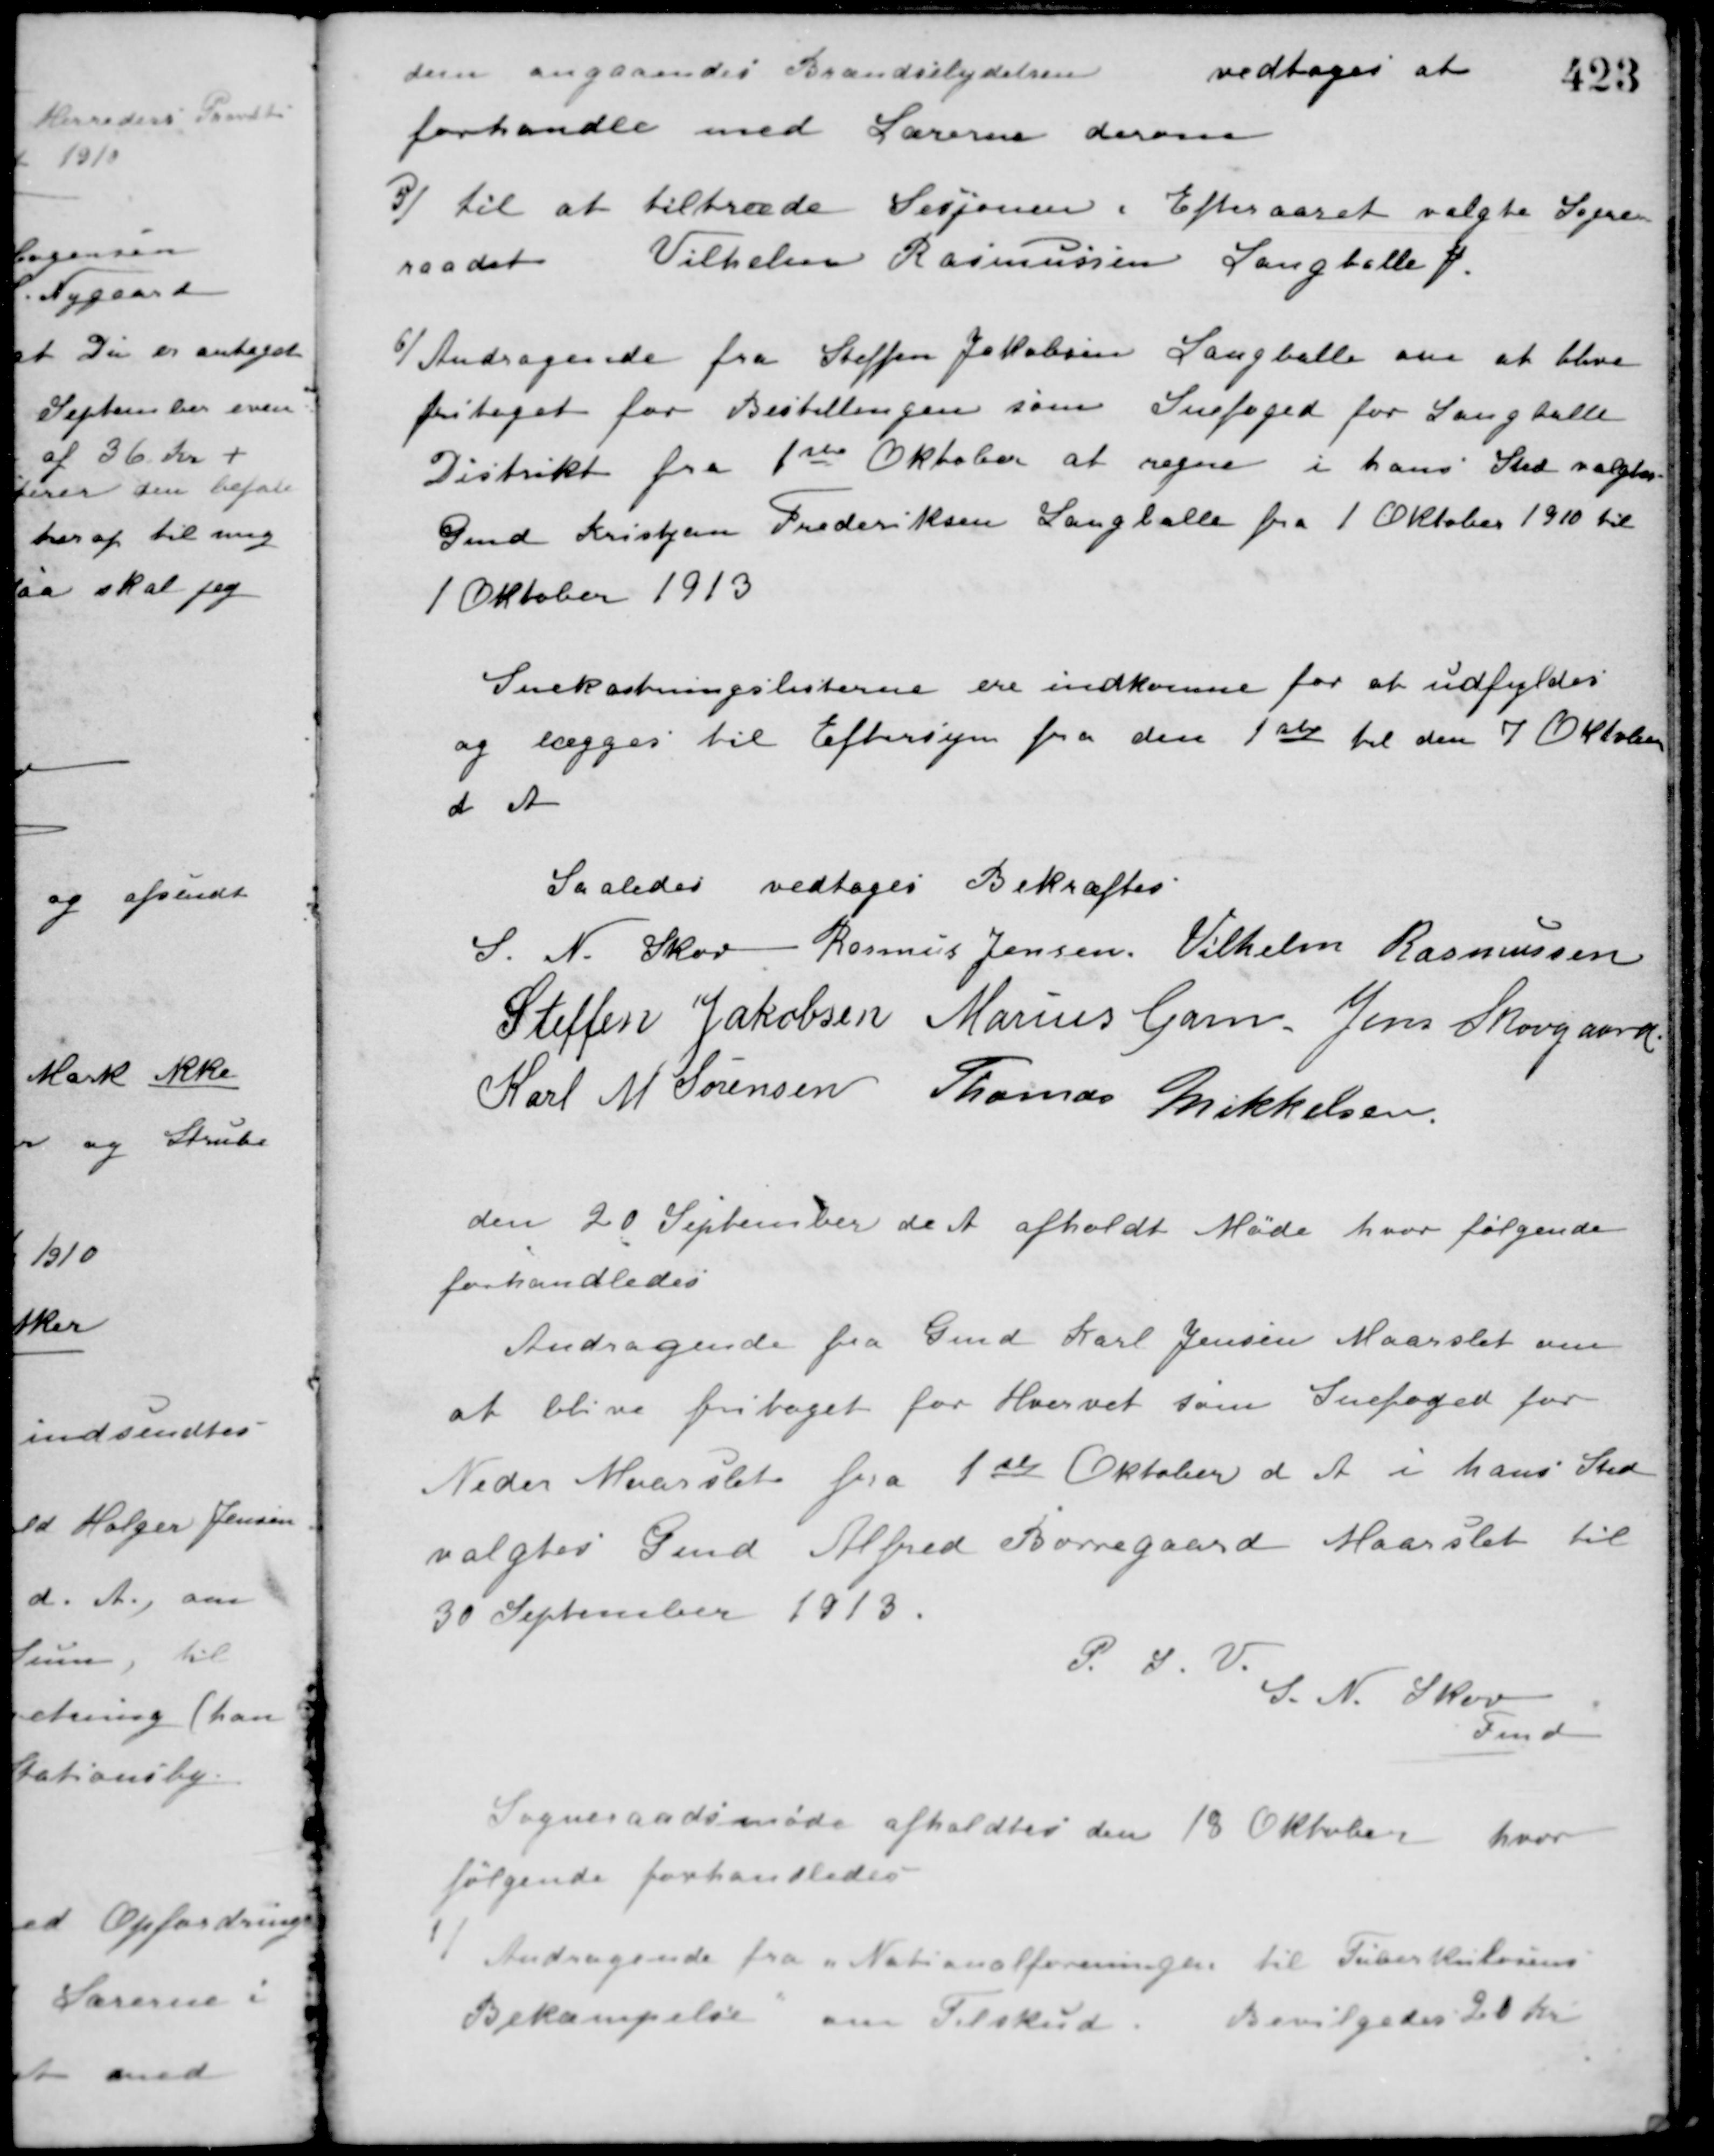
Transskription:
dem angaaendes Brændselydelsen
vedtoges at
forhandle med Lærerne derom.
5/ til at tiltræde Sesjonen i Efteraaret valgte Sogne-
raadet Vilhelm Rasmussen Langballe J.
6/ Andragende fra Steffen Jakobsen Langballe om at blive
fritaget for Bestillingen som Snefoged for Langballe
Distrikt fra 1ste Oktober at regne i hans Sted valgtes
Gmd. Kristjan Frederiksen Langballe fra 1 Oktober 1910 til
1 Oktober 1913.
Snekastningslisterne ere indkomne for at udfyldes
og lægges til Eftersyn fra den 1ste til den 7 Oktober
d. A.
Saaledes vedtaaget Bekræftes
S. N. Skov Rasmus Jensen Vilhelm Rasmussen
Steffen Jakobsen Marius Gam Jens Skovgaard
Karl M. Sørensen Thomas Mikkelsen
den 20 September d. A. afholdt Møde hvor følgende
forhandledes
Andragende fra Gmd. Karl Jensen Maarslet om
at blive fritaget for Hvervet som Snefoged for
Neder Maarslet fra 1ste Oktober d. A. i hans Sted
valgtes Gmd. Alfred Borregaard Maarslet til
30 September 1913.
P. S. V.
S. N. Skov
Fmd.
Sogneraadsmøde afholdtes den 18 Oktober hvor
følgende forhandledes
1 Andragende fra "Nationalforeningen til Tuberkulosens
Bekæmpelse om Tilskud. Bevilgedes 20 Kr.